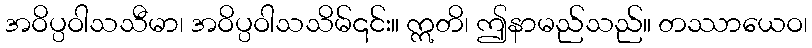
အဝိပ္ပဝါသသီမာ၊ အဝိပ္ပဝါသသိမ်၎င်း။ ဣတိ၊ ဤနာမည်သည်။ တဿာယေဝ၊